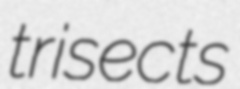
trisects